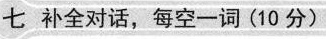
七 补全对话,每空一词(10 分)